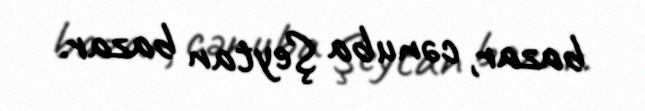
bazar, cənuba Şeytan bazar.